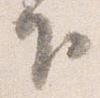
下